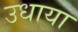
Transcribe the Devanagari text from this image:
उधाया